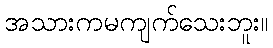
အသားကမကျက်သေးဘူး။